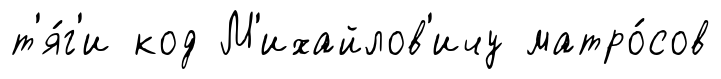
т'я́г'и код М'ихайлов'ичу матро́сов